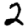
Digit: 2